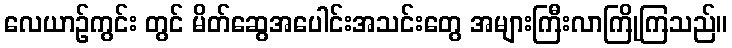
လေယာဉ်ကွင်း တွင် မိတ်ဆွေအပေါင်းအသင်းတွေ အများကြီးလာကြိုကြသည်။